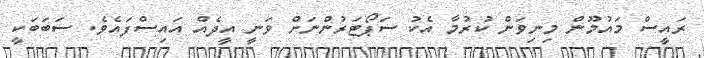
ރައީސް މައުމޫން މިނިވަން ކުރުމާ އެކު ސަޕޯޓަރުންނަށް ވަނީ އީދެއް އައިސްފައެވެ. ސަބަބަކީ